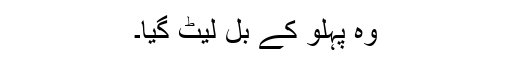
وہ پہلو کے بل لیٹ گیا۔